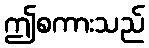
ဤစကားသည်